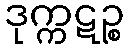
ဒုက္ကဋဉ္စ